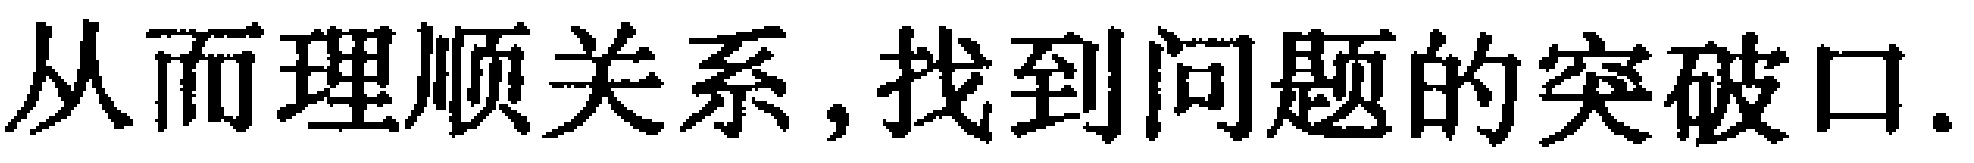
从而理顺关系,找到问题的突破口.